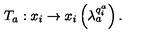
T _ { a } : x _ { i } \rightarrow x _ { i } \left( \lambda _ { a } ^ { q _ { i } ^ { a } } \right) .